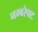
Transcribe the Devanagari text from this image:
नम्बरेफ्ट